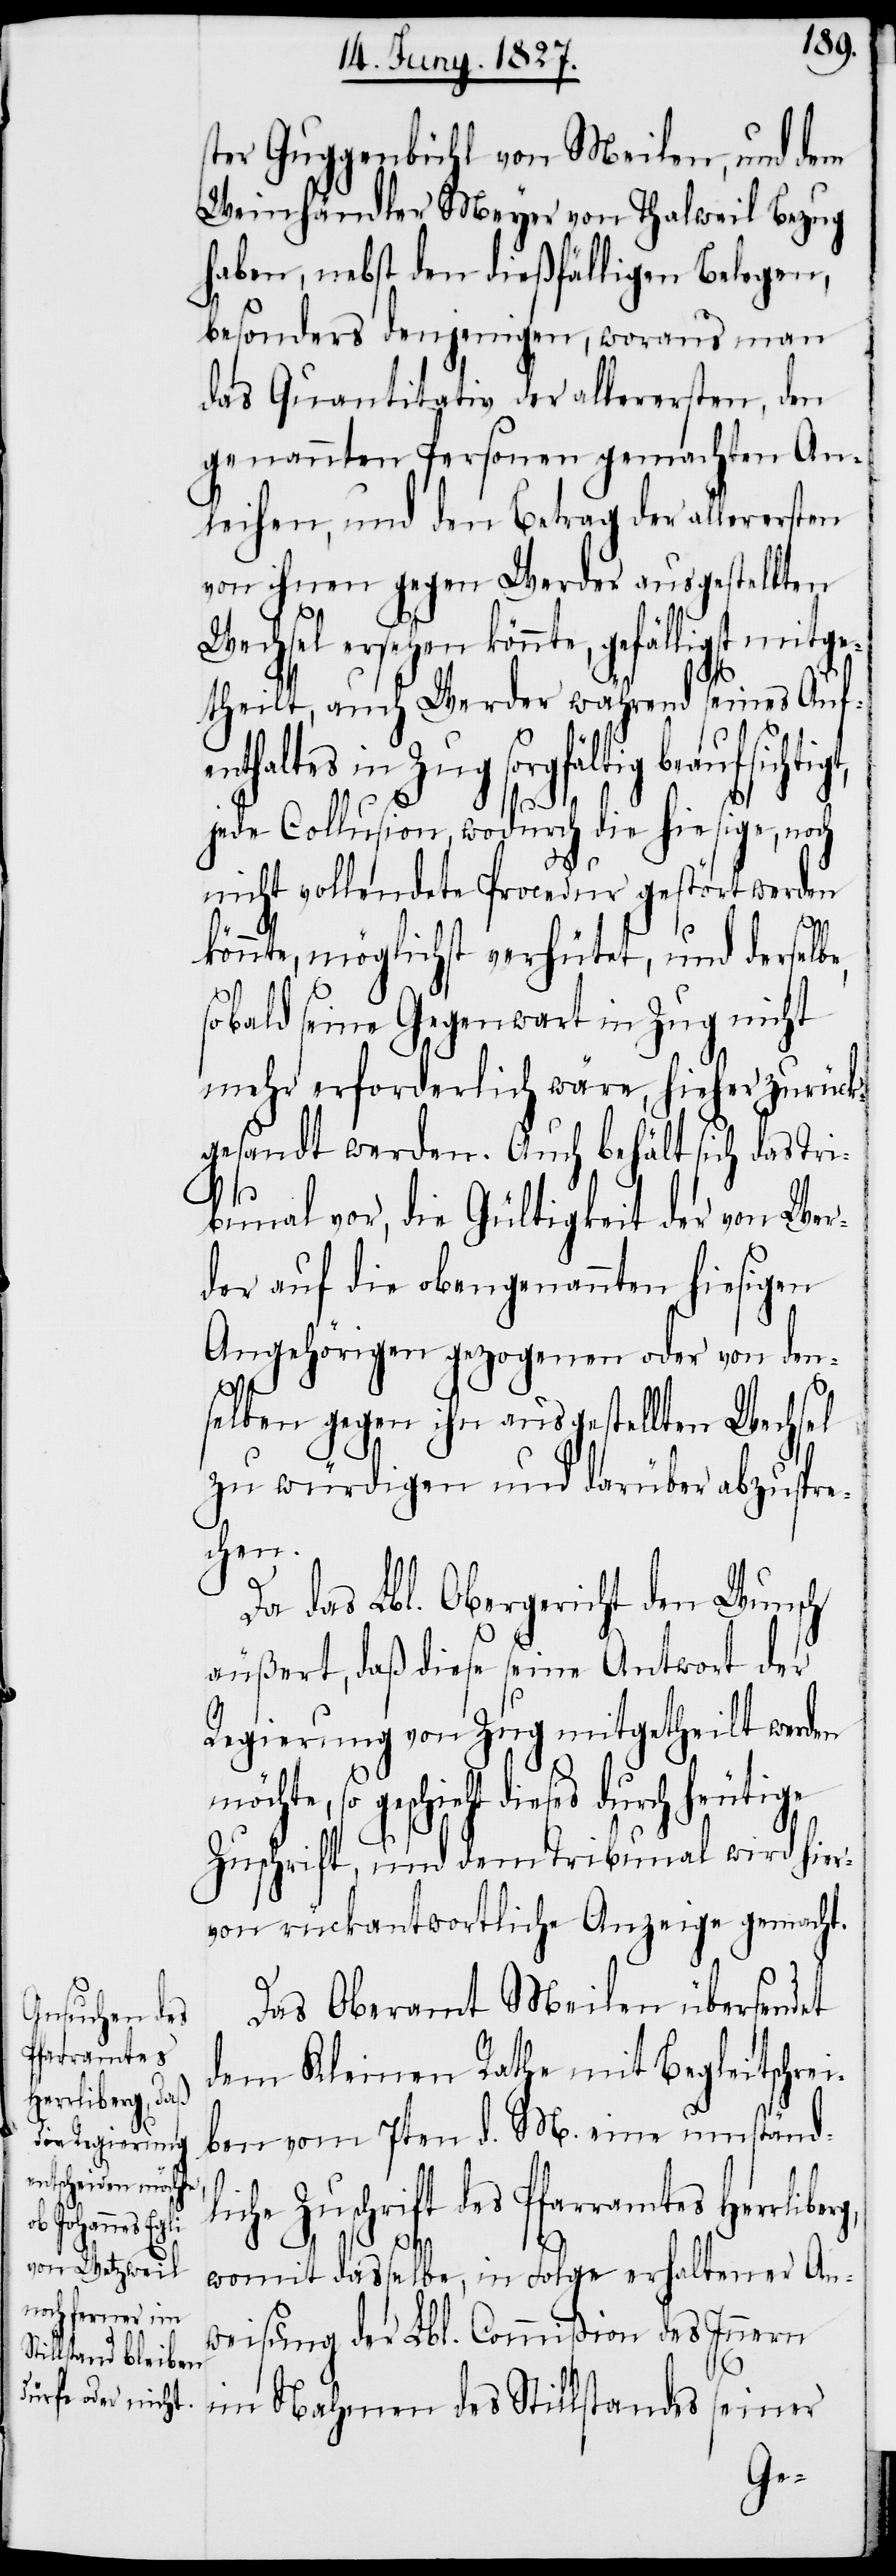
ster Guggenbühl von Meilen, und dem
Weinhändler Meyer von Thalweil Bezug
haben, nebst den dießfälligen Belegen,
besonders denjenigen, woraus man
das Quantitativ der allerersten, den
genannten Personen gemachten An¬
leihen, und den Betrag der allerersten
von ihnen gegen Werder ausgestellten
Wechsel ersehen könnte, gefälligst mitge¬
theilt, auch Werder während seines Aufe¬
nthaltes in Zug sorgfältig
g,
jede Collusion, wodurch die hiesige, noch
nicht vollendete Procedur gestört werden
könnte, möglichst verhütet, und derselbe,
sobald seine Gegenwart in Zug nicht
mehr erforderlich wäre, hieher zurück¬
gesandt werden. Auch behält sich das Tri¬
bunal vor, die Gültigkeit der von Wer¬
der auf die obengenannten hiesigen
Angehörigen gezogenen oder von den¬
selben gegen ihn ausgestellten Wechsel
zu würdigen und darüber abzuspre¬
chen.
Da das Lbl. Obergericht den Wunsch
äußert, daß diese seine Antwort der
Regierung von Zug mitgetheilt werden
möchte, so geschieht dieses durch heutige
Zuschrift, und dem Tribunal wird hier¬
von rückantwortlich Anzeige gemacht.
Das Oberamt Meilen übersendet
dem Kleinen Rathe mit Begleitschre¬
ben vom 7ten d. M. eine umständ¬
liche Zuschrift des Pfarramtes Herrliber¬
womit dasselbe, in Folge erhaltener An¬
weisung der Lbl. Commißion des Innern
im Nahmen des Stillstandes seiner